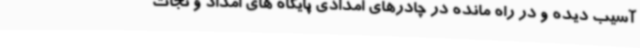
آسیب دیده و در راه مانده در چادرهای امدادی پایگاه های امداد و نجات